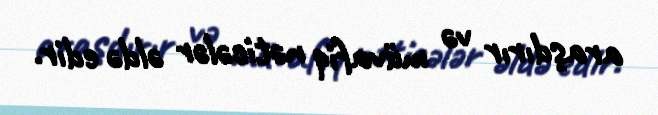
araşdırır və müvafiq nəticələr əldə edir.